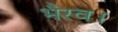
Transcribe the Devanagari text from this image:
भैरव।